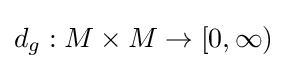
d_{g}:M\times M\to [0,\infty )